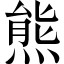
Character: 熊